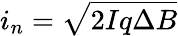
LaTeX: i_{n}={\sqrt{2Iq\Delta B}}